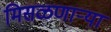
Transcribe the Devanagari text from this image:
मिसळणार्‍या